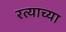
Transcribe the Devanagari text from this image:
रत्याच्या